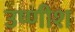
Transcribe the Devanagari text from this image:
उष्णीश